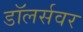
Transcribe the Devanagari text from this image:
डॉलर्सवर